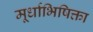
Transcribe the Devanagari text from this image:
मूर्धाभिषिक्ता